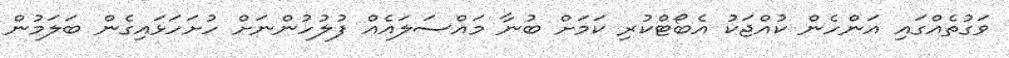
ވަގުތެއްގައި އަންހެން ކުއްޖަކު އެބޯޓްކުރި ކަމަށް ބުނާ މައްސަލައެއް ފުލުހުންނަށް ހުށަހަޅައިގެން ބަލަމުން